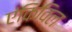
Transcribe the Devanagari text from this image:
एंकिविल